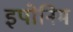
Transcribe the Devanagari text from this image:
इपोनिम